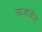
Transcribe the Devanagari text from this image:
आजोजीत